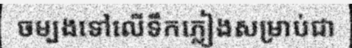
ចម្បងទៅលើទឹកភ្លៀងសម្រាប់ជា